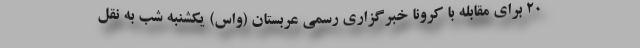
۲۰ برای مقابله با کرونا خبرگزاری رسمی عربستان (واس) یکشنبه شب به نقل